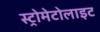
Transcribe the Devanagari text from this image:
स्ट्रोमेटोलाइट